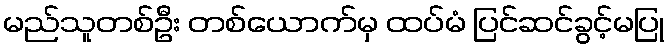
မည်သူတစ်ဦး တစ်ယောက်မှ ထပ်မံ ပြင်ဆင်ခွင့်မပြု